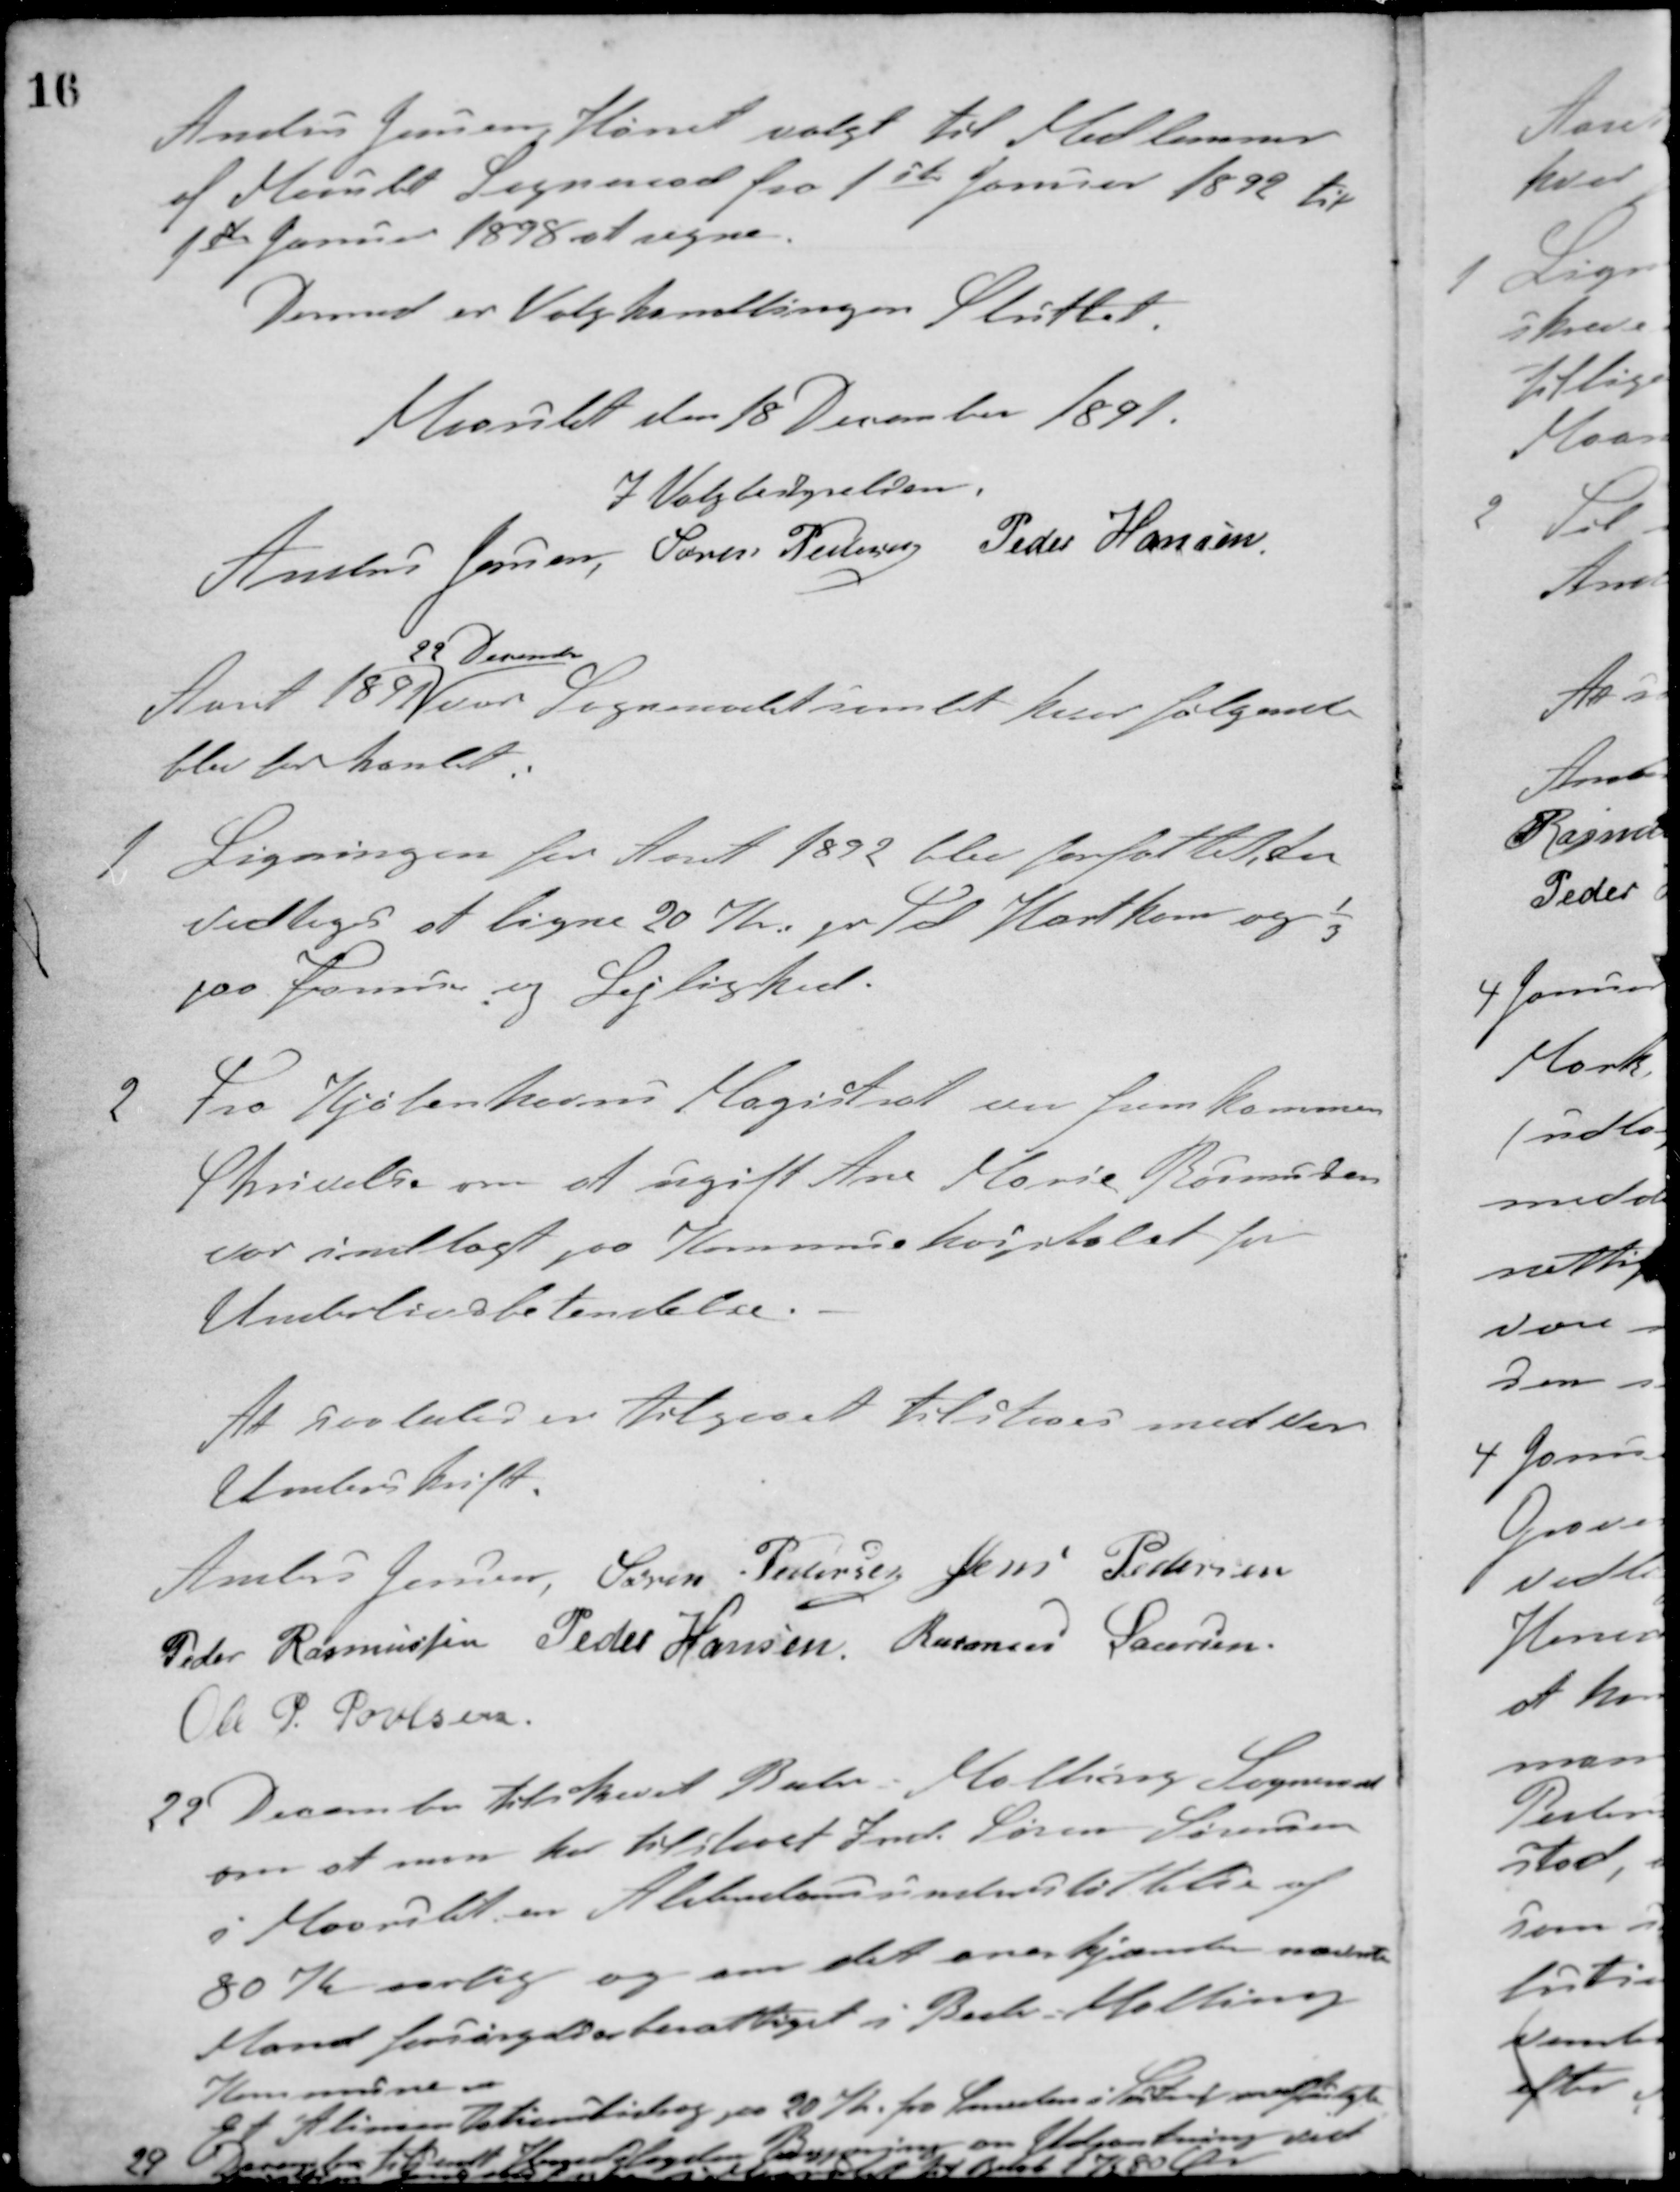
Transskription:
Anders Jensen Hørret valgt til Medlemmer
af Maarslet Sogneraad fra 1ste Januar 1892 til
1ste Januar 1898 at regne.
Dermed er Valghandlingen Sluttet.
Maarslet den 18 December 1891.
I Valgbestyrelsen.
Anders Jensen, Søren Pedersen Peder Hansen
Aaret 1891
22 December
var Sogneraadet samlet hvor følgende
blev forhandlet
1 Ligningen for Aaret 1892 blev forfattet der
vedtoges at ligne 20 Kr. pr. Td. Hartkorn og 1/3
paa Formue og Lejlighed.
2 Fra Kjøbenhavns Magistrat var fremkommen
Skrivelse om at ugift Ane Marie Rasmussen
var indlagt paa Kommunehospitalet for
Underlivsbetændelse.
At saaledes er tilgaaet tilstaaes med vor
Underskrift.
Anders Jensen Søren Pedersen Jens Pedersen
Peder Rasmussen Peder Hansen Rasmus Laursen
Ole P. Poulsen
22 December tilskrevet Beder - Malling Sogneraad
om at man har tilstaaet Hmd. Søren Sørensen
i Maarslet en Alderdomsunderstøttelse af
80 Kr. aarlig og om det anerkjænte nævnte
Mand forsørgelsesberettiget i Beder - Malling
Kommune.
Et Alimentationsbidrag på 20 Kr. fra Lausten i Testrup medfulgte
29 December tilsendt Kongens fogden Beregning om Udpantning ved
xxxxxx 1 K 80 Øre.